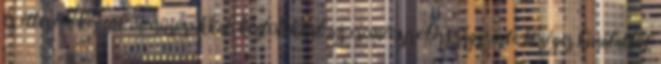
és étterem készül menüsorokkal, kóstolókkal az eseményre.Országszerte bőséges kínálatból